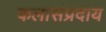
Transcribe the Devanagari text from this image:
कलासंप्रदाय